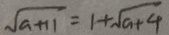
\sqrt { a + 1 1 } = 1 + \sqrt { a + 4 }